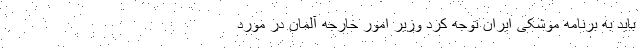
باید به برنامه موشکی ایران توجه کرد وزیر امور خارجه آلمان در مورد